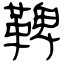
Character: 鞞